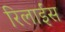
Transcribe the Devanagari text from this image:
रिलाईंस